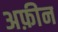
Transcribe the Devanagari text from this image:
अफ़ीन